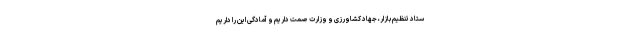
ستاد تنظیم بازار، جهاد کشاورزی و وزارت صمت داریم و آمادگی این را داریم